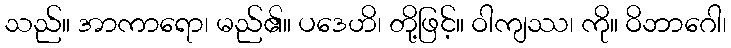
သည်။ အာကာရော၊ မည်၏။ ပဒေဟိ၊ တို့ဖြင့်။ ဝါကျဿ၊ ကို။ ဝိဘာဂေါ၊